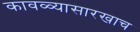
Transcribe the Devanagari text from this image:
कावळ्यासारखाच